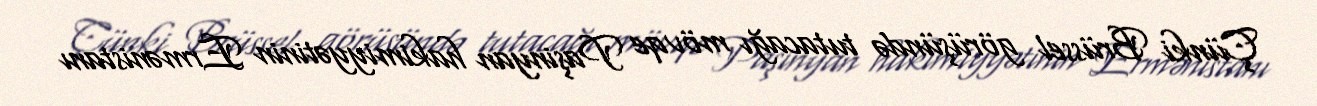
Çünki Brüssel görüşündə tutacağı mövqe Paşinyan hakimiyyətinin Ermənistanı